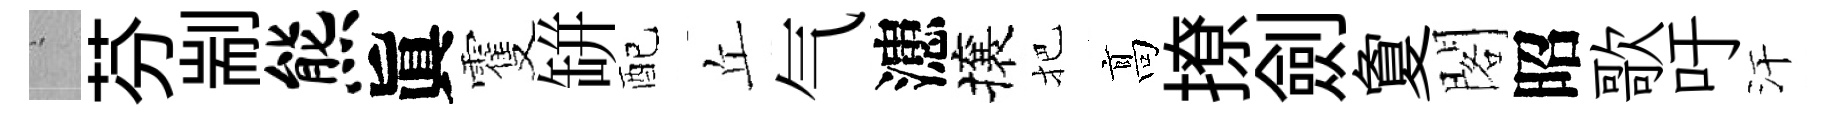
搖芬剬熊眞䨥缾配丘气漶攘把髙撩劍夐閣昭歌吁汗